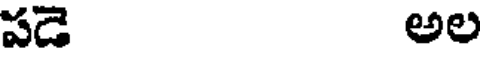
పడె అల